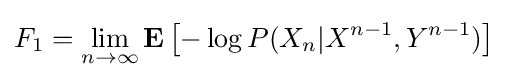
F_{1}=\lim _{n\to \infty }\mathbf {E} \left[-\log P(X_{n}|X^{n-1},Y^{n-1})\right]